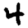
Digit: 4